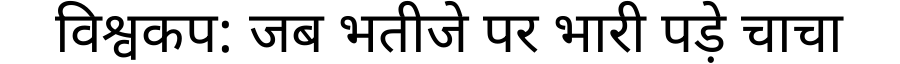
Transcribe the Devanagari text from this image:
विश्वकप: जब भतीजे पर भारी पड़े चाचा